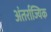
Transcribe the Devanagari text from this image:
अंतर्राज्यिक